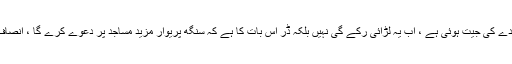
انہوں نے کہا کہ آج بھارتی سپریم کورٹ کے فیصلے سے حقائق پر عقیدے کی جیت ہوئی ہے ، اب یہ لڑائی رکے گی نہیں بلکہ ڈر اس بات کا ہے کہ سنگھ پریوار مزید مساجد پر دعوے کرے گا ، انصاف انصاف ہوتاہے ، عدالتوں کے فیصلے بھائی چارگی کیلئے نہیں ہوتے ۔